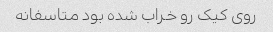
روی کیک رو خراب شده بود متاسفانه